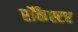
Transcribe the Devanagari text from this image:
रॉकैस्टर